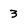
Character: 3